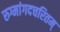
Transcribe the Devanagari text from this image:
रुग्मांगदचरितम्